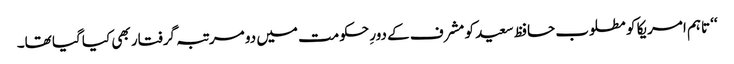
‘‘ تاہم امریکا کو مطلوب حافظ سعید کو مشرف کے دورِ حکومت میں دو مرتبہ گرفتار بھی کیا گیا تھا۔